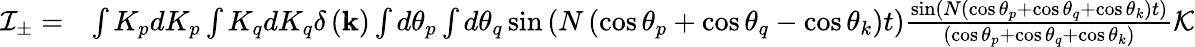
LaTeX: \begin{array}{rl}{\mathcal{I}_{\pm}=}&{\int K_{p}dK_{p}\int K_{q}dK_{q}\delta\left(\mathbf{k}\right)\int d\theta_{p}\int d\theta_{q}\sin\left(N\left(\cos\theta_{p}+\cos\theta_{q}-\cos\theta_{k}\right)t\right)\frac{\sin\left(N\left(\cos\theta_{p}+\cos\theta_{q}+\cos\theta_{k}\right)t\right)}{\left(\cos\theta_{p}+\cos\theta_{q}+\cos\theta_{k}\right)}\mathcal{K}}\end{array}